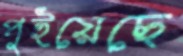
পুইয়েছে